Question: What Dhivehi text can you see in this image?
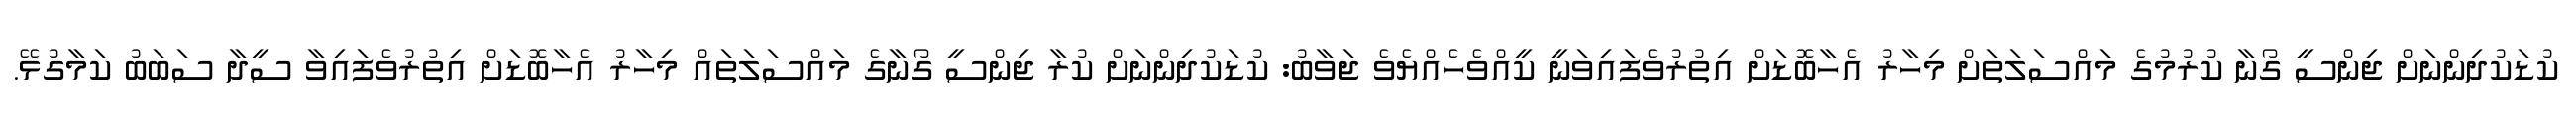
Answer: ކުޑަކުދިންނަށް ޖިންސީ ގޯނާ ކުރުމުގެ މައްސަލަތަށް މިހާރު އެހާބޮޑަށް އިތުރުވެފައިވަނީ ކީއްވެހެއްޔެވެ ޖަވާބު: ކުޑަކުދިންނަށް ކުރާ ޖިންސީ ގޯނާގެ މައްސަލަތައް މިހާރު އެހާބޮޑަށް އިތުރުވެފައިވާ ސީދާ ސަބަބު ކަމާގުޅޭ.